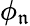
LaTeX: \phi_{\mathfrak{n}}